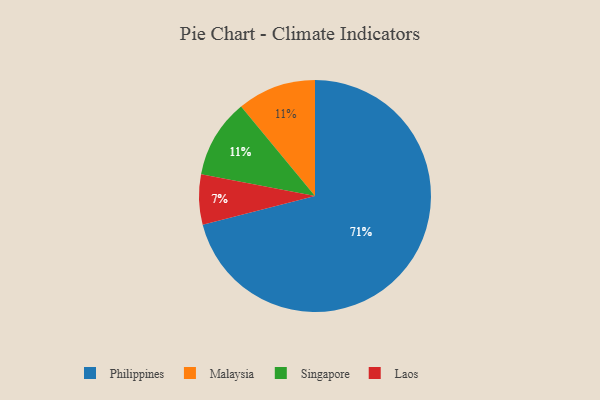
{"axis": {"x": "Category", "y": "Percentage"}, "legend": ["Laos", "Malaysia", "Philippines", "Singapore"], "data": [{"x": "Malaysia", "y": 11, "type": "Malaysia"}, {"x": "Laos", "y": 7, "type": "Laos"}, {"x": "Singapore", "y": 11, "type": "Singapore"}, {"x": "Philippines", "y": 71, "type": "Philippines"}]}